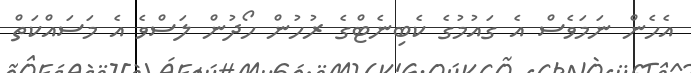
އެހެން ނަމަވެސް އެ ގައުމުގެ ކެބިނެޓްގެ ރުހުން ހޯދުން ލަސްވެ އެ މަސައްކަތް